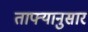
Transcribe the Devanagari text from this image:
ताफ्यानुसार